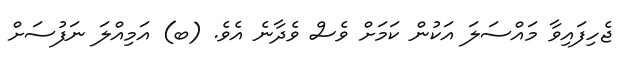
ޖެހިފައިވާ މައްސަލަ އަކުން ކަމަށް ވެސް ވެދާނެ އެވެ. (ބ) އަމިއްލަ ނަފުސަށް